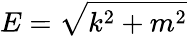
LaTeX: E={\sqrt{k^{2}+m^{2}}}